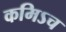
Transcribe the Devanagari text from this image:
कमिऽच